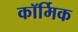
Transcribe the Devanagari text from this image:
कॉर्मिक